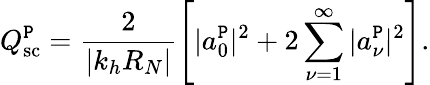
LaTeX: Q_{\textrm{sc}}^{\texttt{P}}=\frac{2}{|k_{h}R_{N}|}\left[|a_{0}^{\texttt{P}}|^{2}+2\sum_{\nu=1}^{\infty}|a_{\nu}^{\texttt{P}}|^{2}\right].